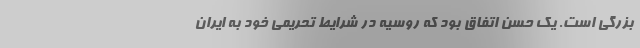
بزرگی است. یک حسن اتفاق بود که روسیه در شرایط تحریمی خود به ایران